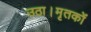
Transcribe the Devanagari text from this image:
उठा।मृतकों